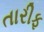
તારીફ